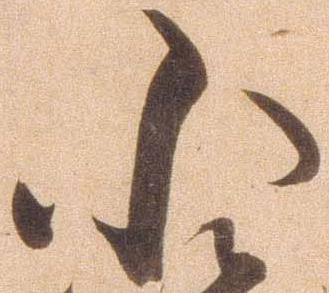
小